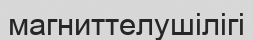
магниттелушілігі